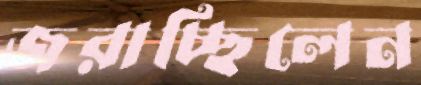
জরাচ্ছিলেন